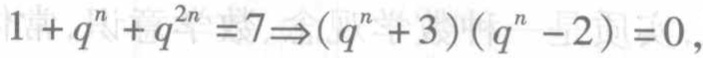
$1 + q^{n}+q^{2n}=7\Rightarrow(q^{n}+3)(q^{n}-2)=0,$